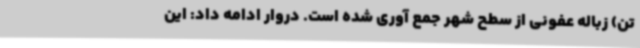
تن) زباله عفونی از سطح شهر جمع آوری شده است. دروار ادامه داد: این